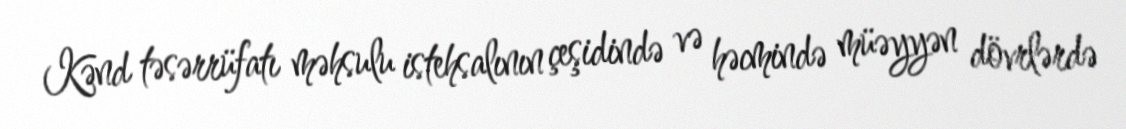
Kənd təsərrüfatı məhsulu istehsalının çeşidində və həcmində müəyyən dövrlərdə